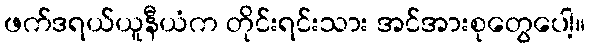
ဖက်ဒရယ်ယူနီယံက တိုင်းရင်းသား အင်အားစုတွေပေါ့။